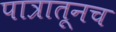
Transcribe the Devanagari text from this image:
पात्रातूनच